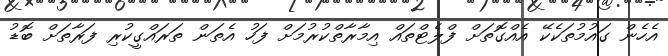
އެހެން ގައުމުތަކެކޭ އެއްގޮތަށް ފްލެޓްތައް އިމާރާތްކުރުމަށް ފަހު އެތަން ތަރައްގީކުރި ފަރާތަށް ބޮޑު